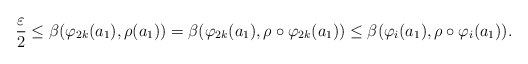
\begin{align*}\dfrac{\varepsilon}{2}\leq\beta(\varphi_{2k}(a_1),\rho(a_1))=\beta(\varphi_{2k}(a_1),\rho\circ \varphi_{2k}(a_1))\leq \beta(\varphi_i(a_1),\rho\circ \varphi_i(a_1)).\end{align*}